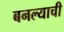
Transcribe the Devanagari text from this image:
बनल्याची